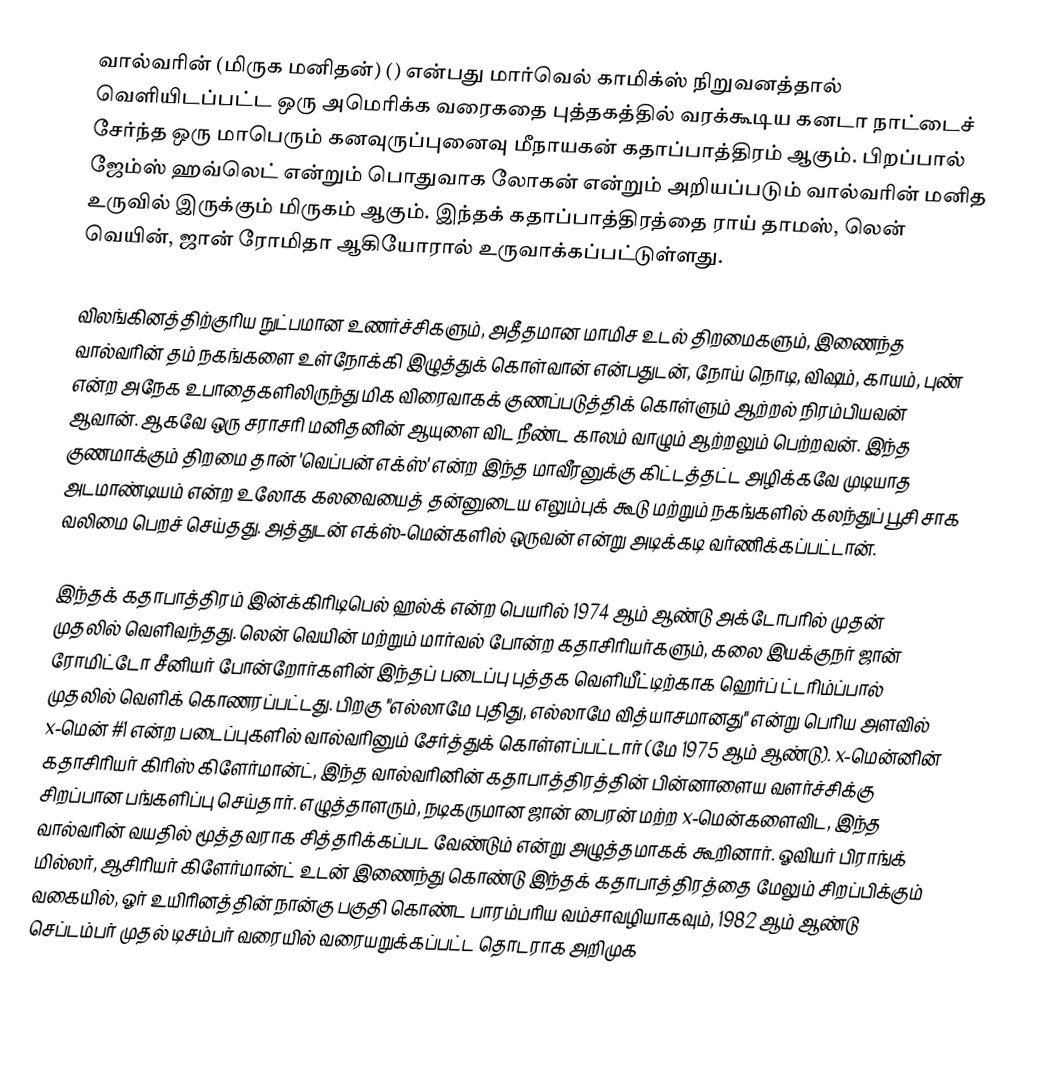
வால்வரின் (மிருக மனிதன்) () என்பது மார்வெல் காமிக்ஸ் நிறுவனத்தால் வெளியிடப்பட்ட ஒரு அமெரிக்க வரைகதை புத்தகத்தில் வரக்கூடிய கனடா நாட்டைச் சேர்ந்த ஒரு மாபெரும் கனவுருப்புனைவு மீநாயகன் கதாப்பாத்திரம் ஆகும். பிறப்பால் ஜேம்ஸ் ஹவ்லெட் என்றும் பொதுவாக லோகன் என்றும் அறியப்படும் வால்வரின் மனித உருவில் இருக்கும் மிருகம் ஆகும். இந்தக் கதாப்பாத்திரத்தை ராய் தாமஸ், லென் வெயின், ஜான் ரோமிதா ஆகியோரால் உருவாக்கப்பட்டுள்ளது.

விலங்கினத்திற்குரிய நுட்பமான உணர்ச்சிகளும், அதீதமான மாமிச உடல் திறமைகளும், இணைந்த வால்வரின் தம் நகங்களை உள்நோக்கி இழுத்துக் கொள்வான் என்பதுடன், நோய் நொடி, விஷம், காயம், புண் என்ற அநேக உபாதைகளிலிருந்து மிக விரைவாகக் குணப்படுத்திக் கொள்ளும் ஆற்றல் நிரம்பியவன் ஆவான். ஆகவே ஒரு சராசரி மனிதனின் ஆயுளை விட நீண்ட காலம் வாழும் ஆற்றலும் பெற்றவன். இந்த குணமாக்கும் திறமை தான் 'வெப்பன் எக்ஸ்' என்ற இந்த மாவீரனுக்கு கிட்டத்தட்ட அழிக்கவே முடியாத அடமாண்டியம் என்ற உலோக கலவையைத் தன்னுடைய எலும்புக் கூடு மற்றும் நகங்களில் கலந்துப் பூசி சாக வலிமை பெறச் செய்தது. அத்துடன் எக்ஸ்-மென்களில் ஒருவன் என்று அடிக்கடி வர்ணிக்கப்பட்டான்.

இந்தக் கதாபாத்திரம் இன்க்கிரிடிபெல் ஹல்க் என்ற பெயரில் 1974 ஆம் ஆண்டு அக்டோபரில் முதன் முதலில் வெளிவந்தது. லென் வெயின் மற்றும் மார்வல் போன்ற கதாசிரியர்களும், கலை இயக்குநர் ஜான் ரோமிட்டோ சீனியர் போன்றோர்களின் இந்தப் படைப்பு புத்தக வெளியீட்டிற்காக ஹெர்ப் ட்டரிம்ப்பால் முதலில் வெளிக் கொணரப்பட்டது. பிறகு "எல்லாமே புதிது, எல்லாமே வித்யாசமானது" என்று பெரிய அளவில் x-மென் #1 என்ற படைப்புகளில் வால்வரினும் சேர்த்துக் கொள்ளப்பட்டார் (மே 1975 ஆம் ஆண்டு). x-மென்னின் கதாசிரியர் கிரிஸ் கிளேர்மான்ட், இந்த வால்வரினின் கதாபாத்திரத்தின் பின்னாளைய வளர்ச்சிக்கு சிறப்பான பங்களிப்பு செய்தார். எழுத்தாளரும், நடிகருமான ஜான் பைரன் மற்ற x-மென்களைவிட, இந்த வால்வரின் வயதில் மூத்தவராக சித்தரிக்கப்பட வேண்டும் என்று அழுத்தமாகக் கூறினார். ஓவியர் பிராங்க் மில்லர், ஆசிரியர் கிளேர்மான்ட் உடன் இணைந்து கொண்டு இந்தக் கதாபாத்திரத்தை மேலும் சிறப்பிக்கும் வகையில், ஓர் உயிரினத்தின் நான்கு பகுதி கொண்ட பாரம்பரிய வம்சாவழியாகவும், 1982 ஆம் ஆண்டு செப்டம்பர் முதல் டிசம்பர் வரையில் வரையறுக்கப்பட்ட தொடராக அறிமுக